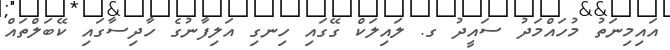
އައިމިނަތު މުހައްމަދު ސައީދު ގ. ލައިލަކް ގޭގައި ހިނގި އަލިފާނުގެ ހާދިސާގައި ކޭބަލްތައް